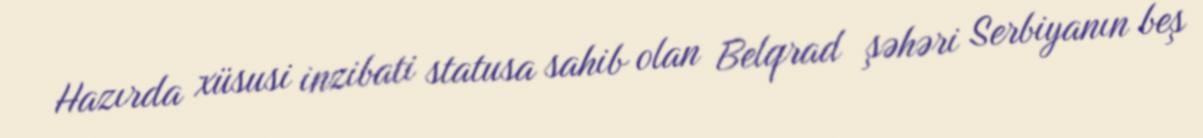
Hazırda xüsusi inzibati statusa sahib olan Belqrad şəhəri Serbiyanın beş